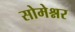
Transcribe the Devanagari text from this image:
सोमेश्नर